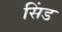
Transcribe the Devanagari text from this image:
सिंड